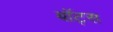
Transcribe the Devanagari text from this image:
बॉट्स